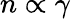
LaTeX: n\propto\gamma